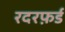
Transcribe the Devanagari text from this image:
रदरफ़र्ड